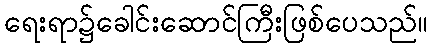
ရေးရာ၌ခေါင်းဆောင်ကြီးဖြစ်ပေသည်။